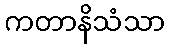
ကတာနိသံသာ